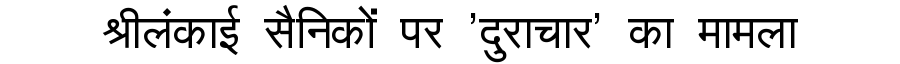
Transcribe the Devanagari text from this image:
श्रीलंकाई सैनिकों पर 'दुराचार' का मामला